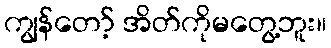
ကျွန်တော့် အိတ်ကိုမတွေ့ဘူး။